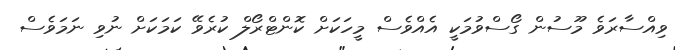
ވިއްސާރަވެ މޫސުން ގޯސްވުމަކީ އެއްވެސް މީހަކަށް ކޮންޓްރޯލް ކުރެވޭ ކަމަކަށް ނުވި ނަމަވެސް